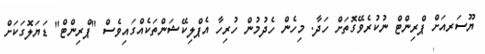
ޔޫސަރއަށް ޕްރިންޓް ނުކުރެވޭގޮތަށް ހަދާ. މިހެން ހެދުމުން ހުރިހާ އެޕްލިކޭޝަންތަކެއްގައިވެސް "ޕްރިންޓް" ޑަޔަލޮގަކަށް